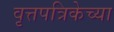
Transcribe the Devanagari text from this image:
वृत्तपत्रिकेच्या